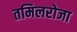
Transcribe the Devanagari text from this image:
तमिलरोजा